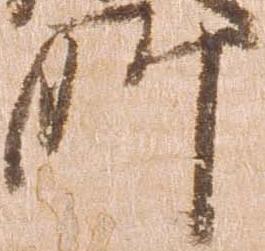
所